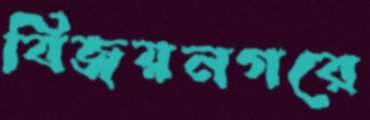
বিজয়নগরে